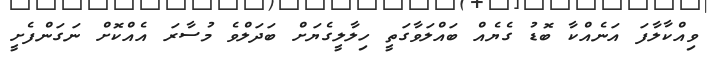
ވިއްކާލާފަ އަނެއްކާ ބޮޑު ގެޔެއް ބައްލަވާގަތީ ހިލާލީގެޔަށް ބަދަލްވެ މުސާރަ އެއްކޮށް ނަގަންފެށީ